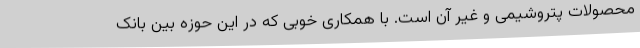
محصولات پتروشیمی و غیر آن است. با همکاری خوبی که در این حوزه بین بانک